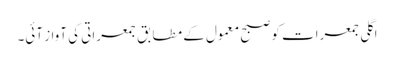
اگلی جمعرات کو صبح معمول کے مطابق جمعراتی کی آواز آئی۔